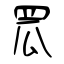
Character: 罛